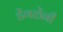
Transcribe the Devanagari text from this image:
डेंगळेंनी